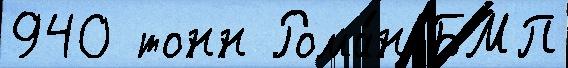
940 тонн Рома́н БМП